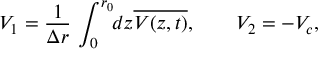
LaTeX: V _ { 1 } = \frac { 1 } { \Delta r } \, \int _ { 0 } ^ { r _ { 0 } } \! \! d z \overline { { { V ( z , t ) } } } , \quad \quad V _ { 2 } = - V _ { c } ,